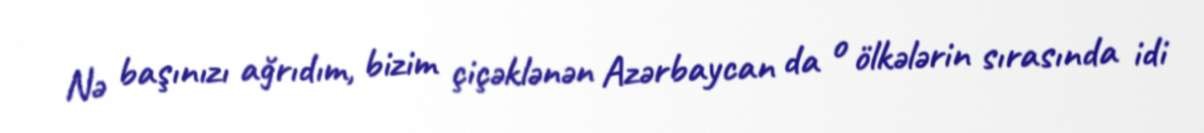
Nə başınızı ağrıdım, bizim çiçəklənən Azərbaycan da o ölkələrin sırasında idi